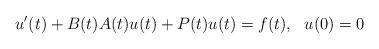
LaTeX: \begin{align*}u'(t) + B(t)A(t)u(t) + P(t)u(t) = f(t), \ \ u(0) = 0\end{align*}